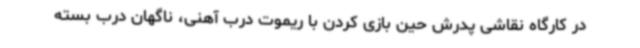
در کارگاه نقاشی پدرش حین بازی کردن با ریموت درب آهنی، ناگهان درب بسته